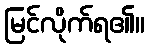
မြင်လိုက်ရ၏။